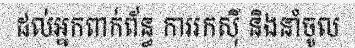
ដល់អ្នកពាក់ព័ន្ធ ការរកស៊ី និងនាំចូល